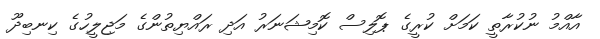
އާއްމު ނުކުރާތީ ކަމަށް ކުރީގެ ޕޮލިސް ކޮމިޝަނަރު އަދި ރައްޔިތުންގެ މަޖިލީހުގެ ކިނބިދޫ